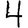
Digit: 4